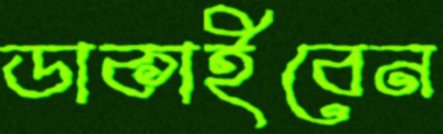
ডাকাইবেন